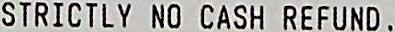
STRICTLY NO CASH REFUND .